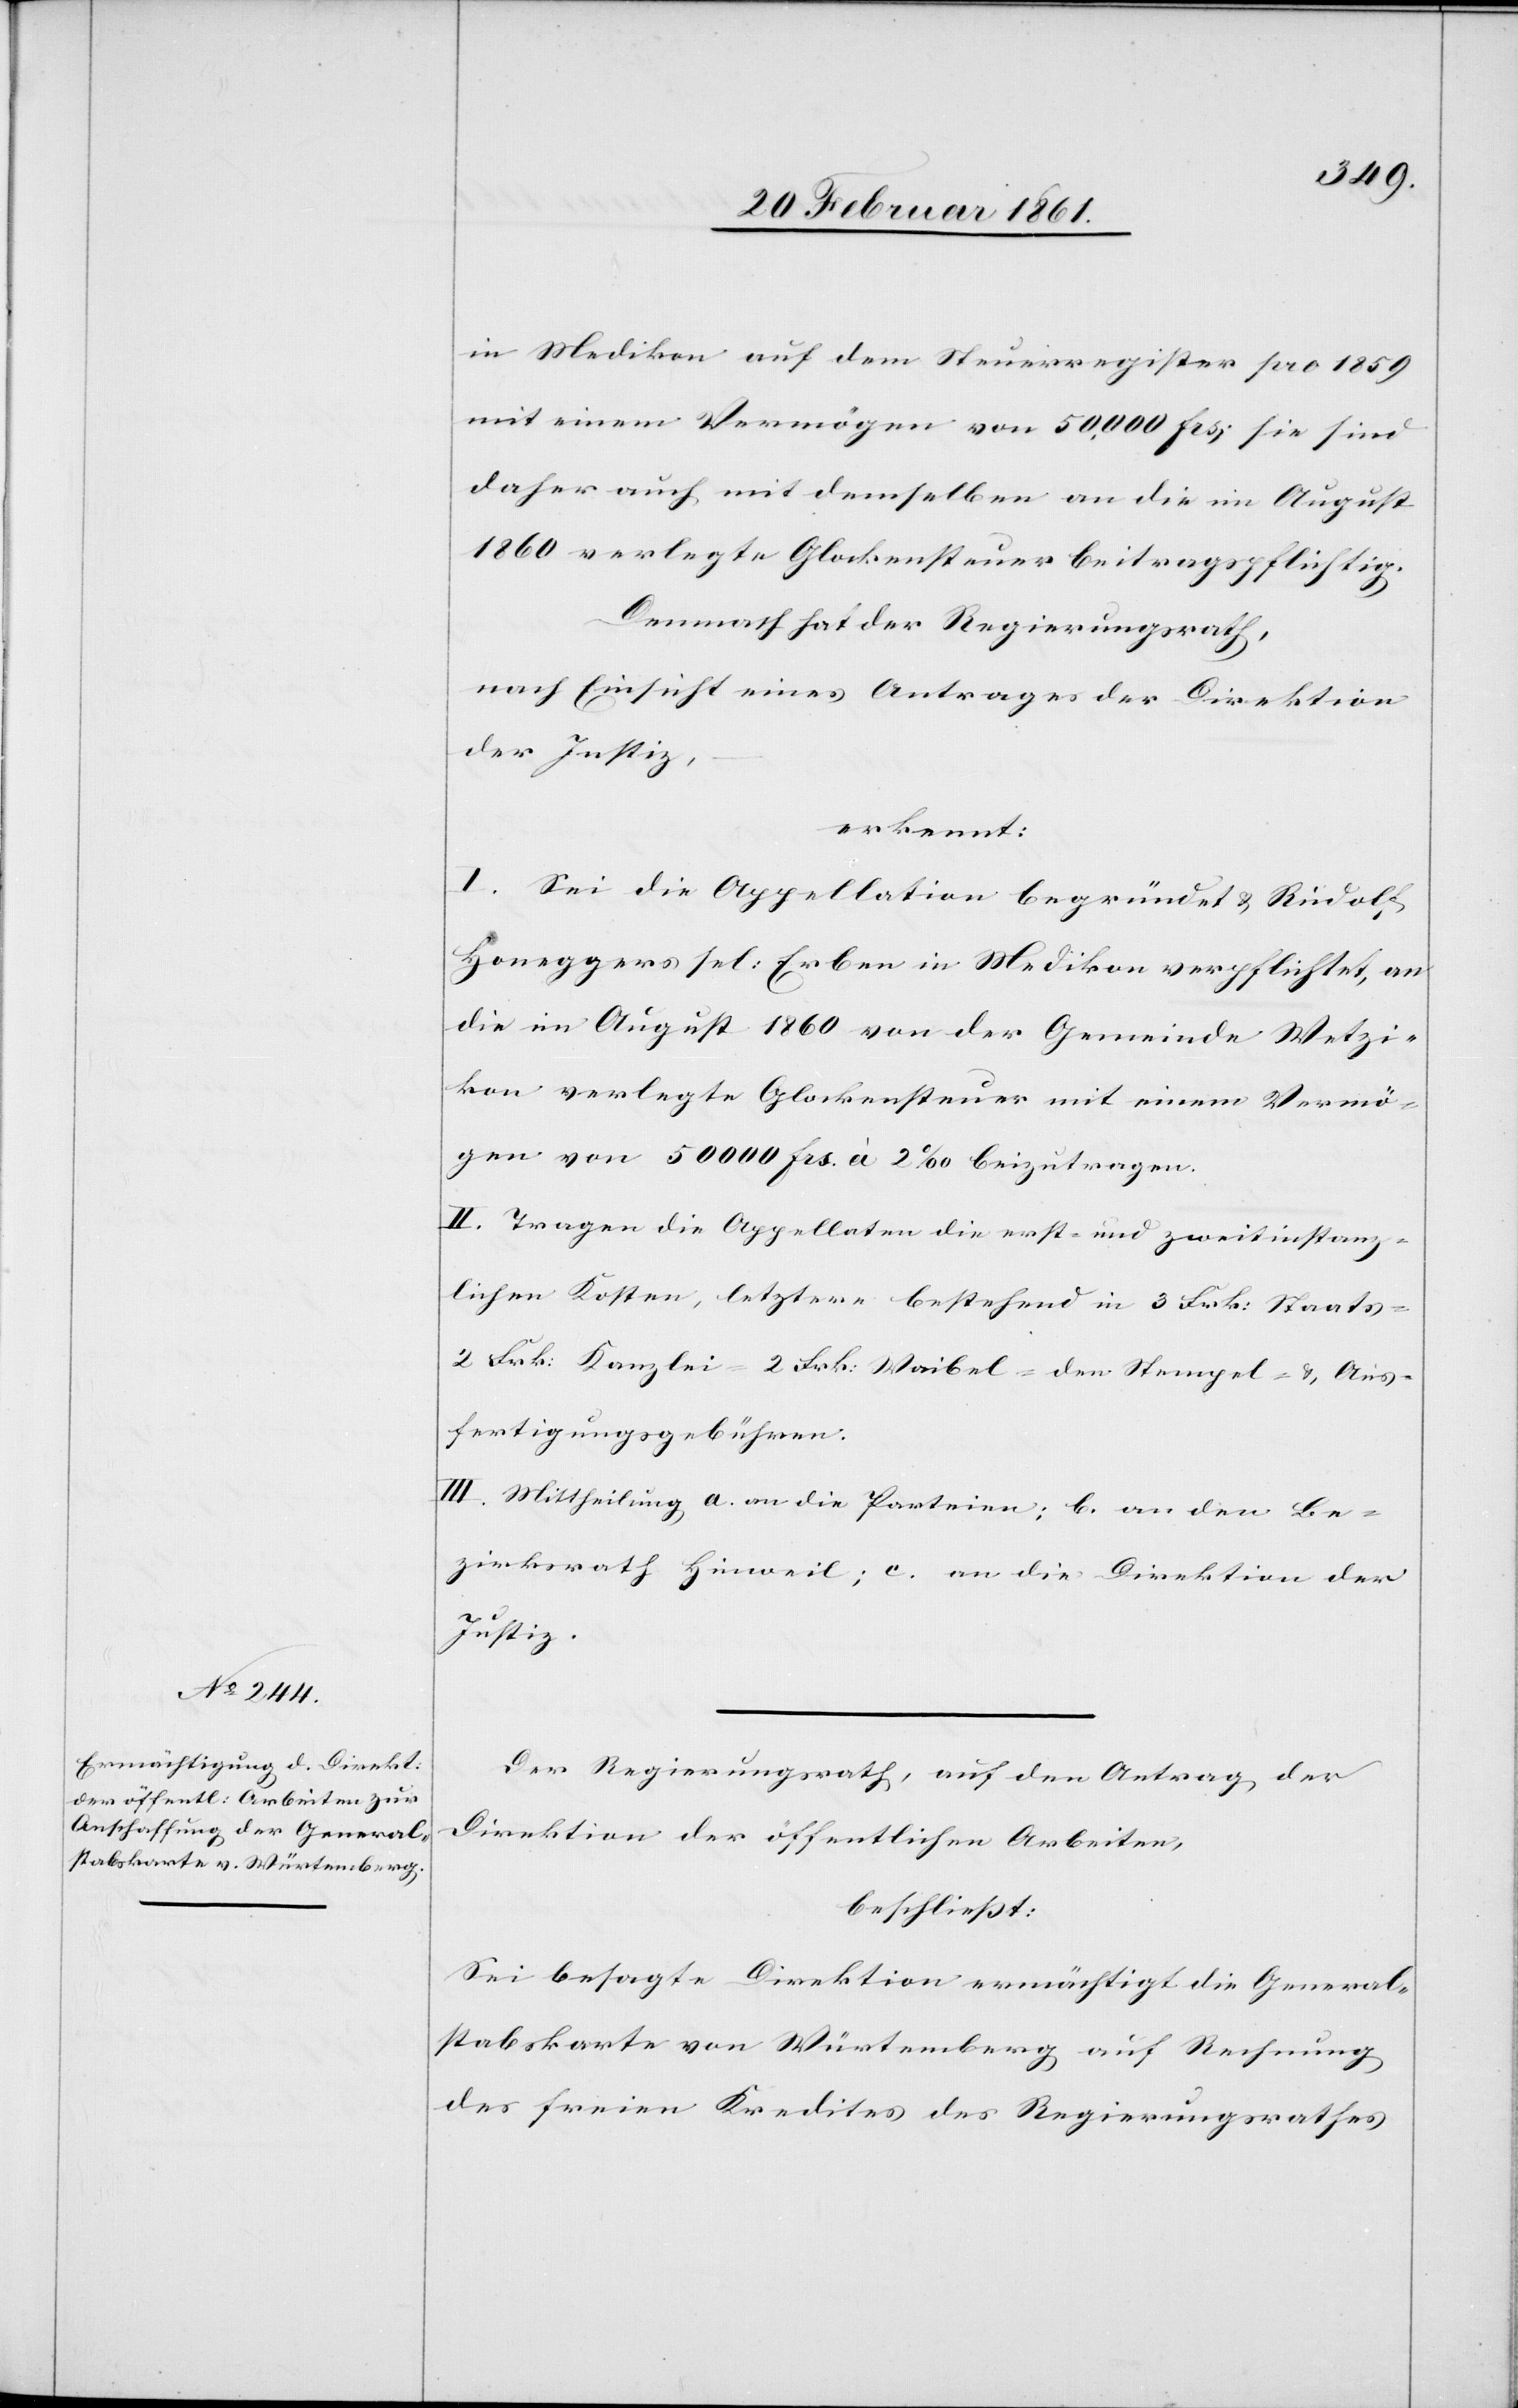
in Medikon auf dem Steuerregister pro 1859
mit einem Vermögen von 50,000 fcs; sie sind
daher auch mit demselben an die im August
1860 verlegte Glockensteuer beitragspflichtig.
Demnach hat der Regierungsrath,
nach Einsicht eines Antrages der Direktion
der Justiz,
erkennt:
I. Sei die Appellation begründet u. Rudolf
Honeggers sel: Erben in Medikon verpflichtet, an
die im August 1860 von der Gemeinde Wetzi¬
kon verlegte Glockensteuer mit einem Vermö¬
gen von 50 000 fcs à 2‰ beizutragen.
II. Tragen die Appellaten die erst- und zweitinstanz¬
lichen Kosten, letztere bestehend in 3 Frk: Staats-[,]
2 Frk: Kanzlei-[,] 2 Frk: Waibel-[,] den Stempel- u. Aus¬
fertigungsgebühren.
III. Mittheilung a. an die Parteien; b. an den Be¬
zirksrath Hinweil; c. an die Direktion der
Justiz.
Der Regierungsrath, auf den Antrag der
Direktion der öffentlichen Arbeiten,
beschliesst:
Sei besagte Direktion ermächtigt die General¬
stabskarte von Würtemberg auf Rechnung
des freien Kredites des Regierungsrathes